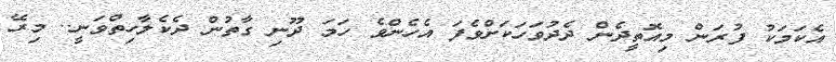
އެކަމަކު ފުރަން މިއޮތީދެން ދެދުވަހަކަށްވެފަ އެހެންވެ ހަމަ ދޫނި ގާތުން ދެކެލާހިތްވަނީ.. މިރޭ